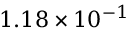
1 . 1 8 \times 1 0 ^ { - 1 }